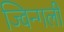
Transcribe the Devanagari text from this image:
ज्विन्गली